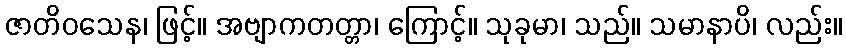
ဇာတိဝသေန၊ ဖြင့်။ အဗျာကတတ္တာ၊ ကြောင့်။ သုခုမာ၊ သည်။ သမာနာပိ၊ လည်း။